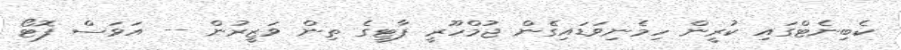
ކެބިނެޓްގައި ކުރީން ހިމެނިވަޑައިގެން ޖުމްްހޫރީ ޕާޓީގެ ތިން ވަޒީރުން -- އަވަސް ފޮޓޯ